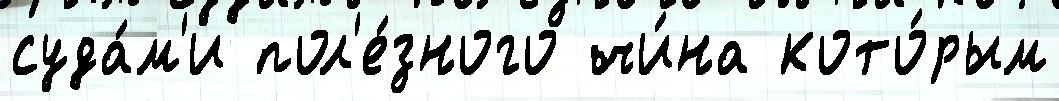
суда́м'и пол'е́зного чи́на кото́рым